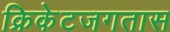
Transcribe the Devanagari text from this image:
क्रिकेटजगतास